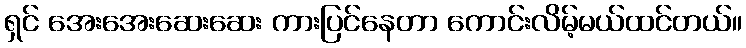
ရှင် အေးအေးဆေးဆေး ကားပြင်နေတာ ကောင်းလိမ့်မယ်ထင်တယ်။